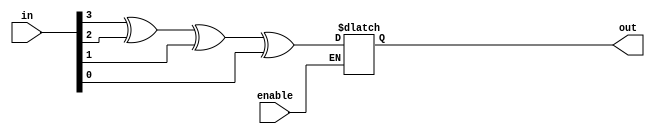
`timescale 1ns / 1ps
//////////////////////////////////////////////////////////////////////////////////
// Company: 
// Engineer: 
// 
// Design Name: 
// Module Name: parity_gen
// Project Name: 
// Target Devices: 
// Tool Versions: 
// Description: 
// 
// Dependencies: 
// 
// Revision:
// Revision 0.01 - File Created
// Additional Comments:
// 
//////////////////////////////////////////////////////////////////////////////////


module parity_gen(
input enable, input [3:0] in, output reg out
    );
always @(enable,in)
begin
    if(enable)
    out = in[3]^in[2]^in[1]^in[0];
end
endmodule